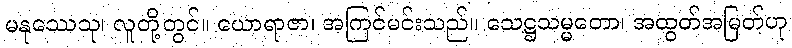
မနုဿေသု၊ လူတို့တွင်။ ယောရာဇာ၊ အကြင်မင်းသည်။ သေဋ္ဌသမ္မတော၊ အထွတ်အမြတ်ဟု